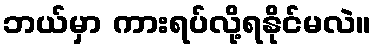
ဘယ်မှာ ကားရပ်လို့ရနိုင်မလဲ။